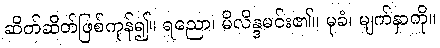
ဆိတ်ဆိတ်ဖြစ်ကုန်၍။ ရညော၊ မိလိန္ဒမင်း၏။ မုခံ၊ မျက်နှာကို။